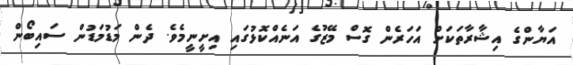
އަޔާންގެ އިޝާރާތަކަށް އަހަރެން ގޮސް މޭޒުގެ އަނެއްކޮޅުގައި އިށީނީމެވެ. ދެން މަޑުމަޑުން ސައިބޯން